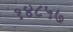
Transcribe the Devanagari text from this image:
१४८५७